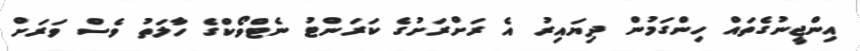
އިންޖީނުގެތައް ހިންގަމުން ދިޔައިރު އެ ރަށްރަށުގެ ކަރަންޓު ނެޓްވޯކްގެ ހާލަތު ވެސް ވަރަށް